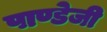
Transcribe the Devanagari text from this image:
पाण्डेजी